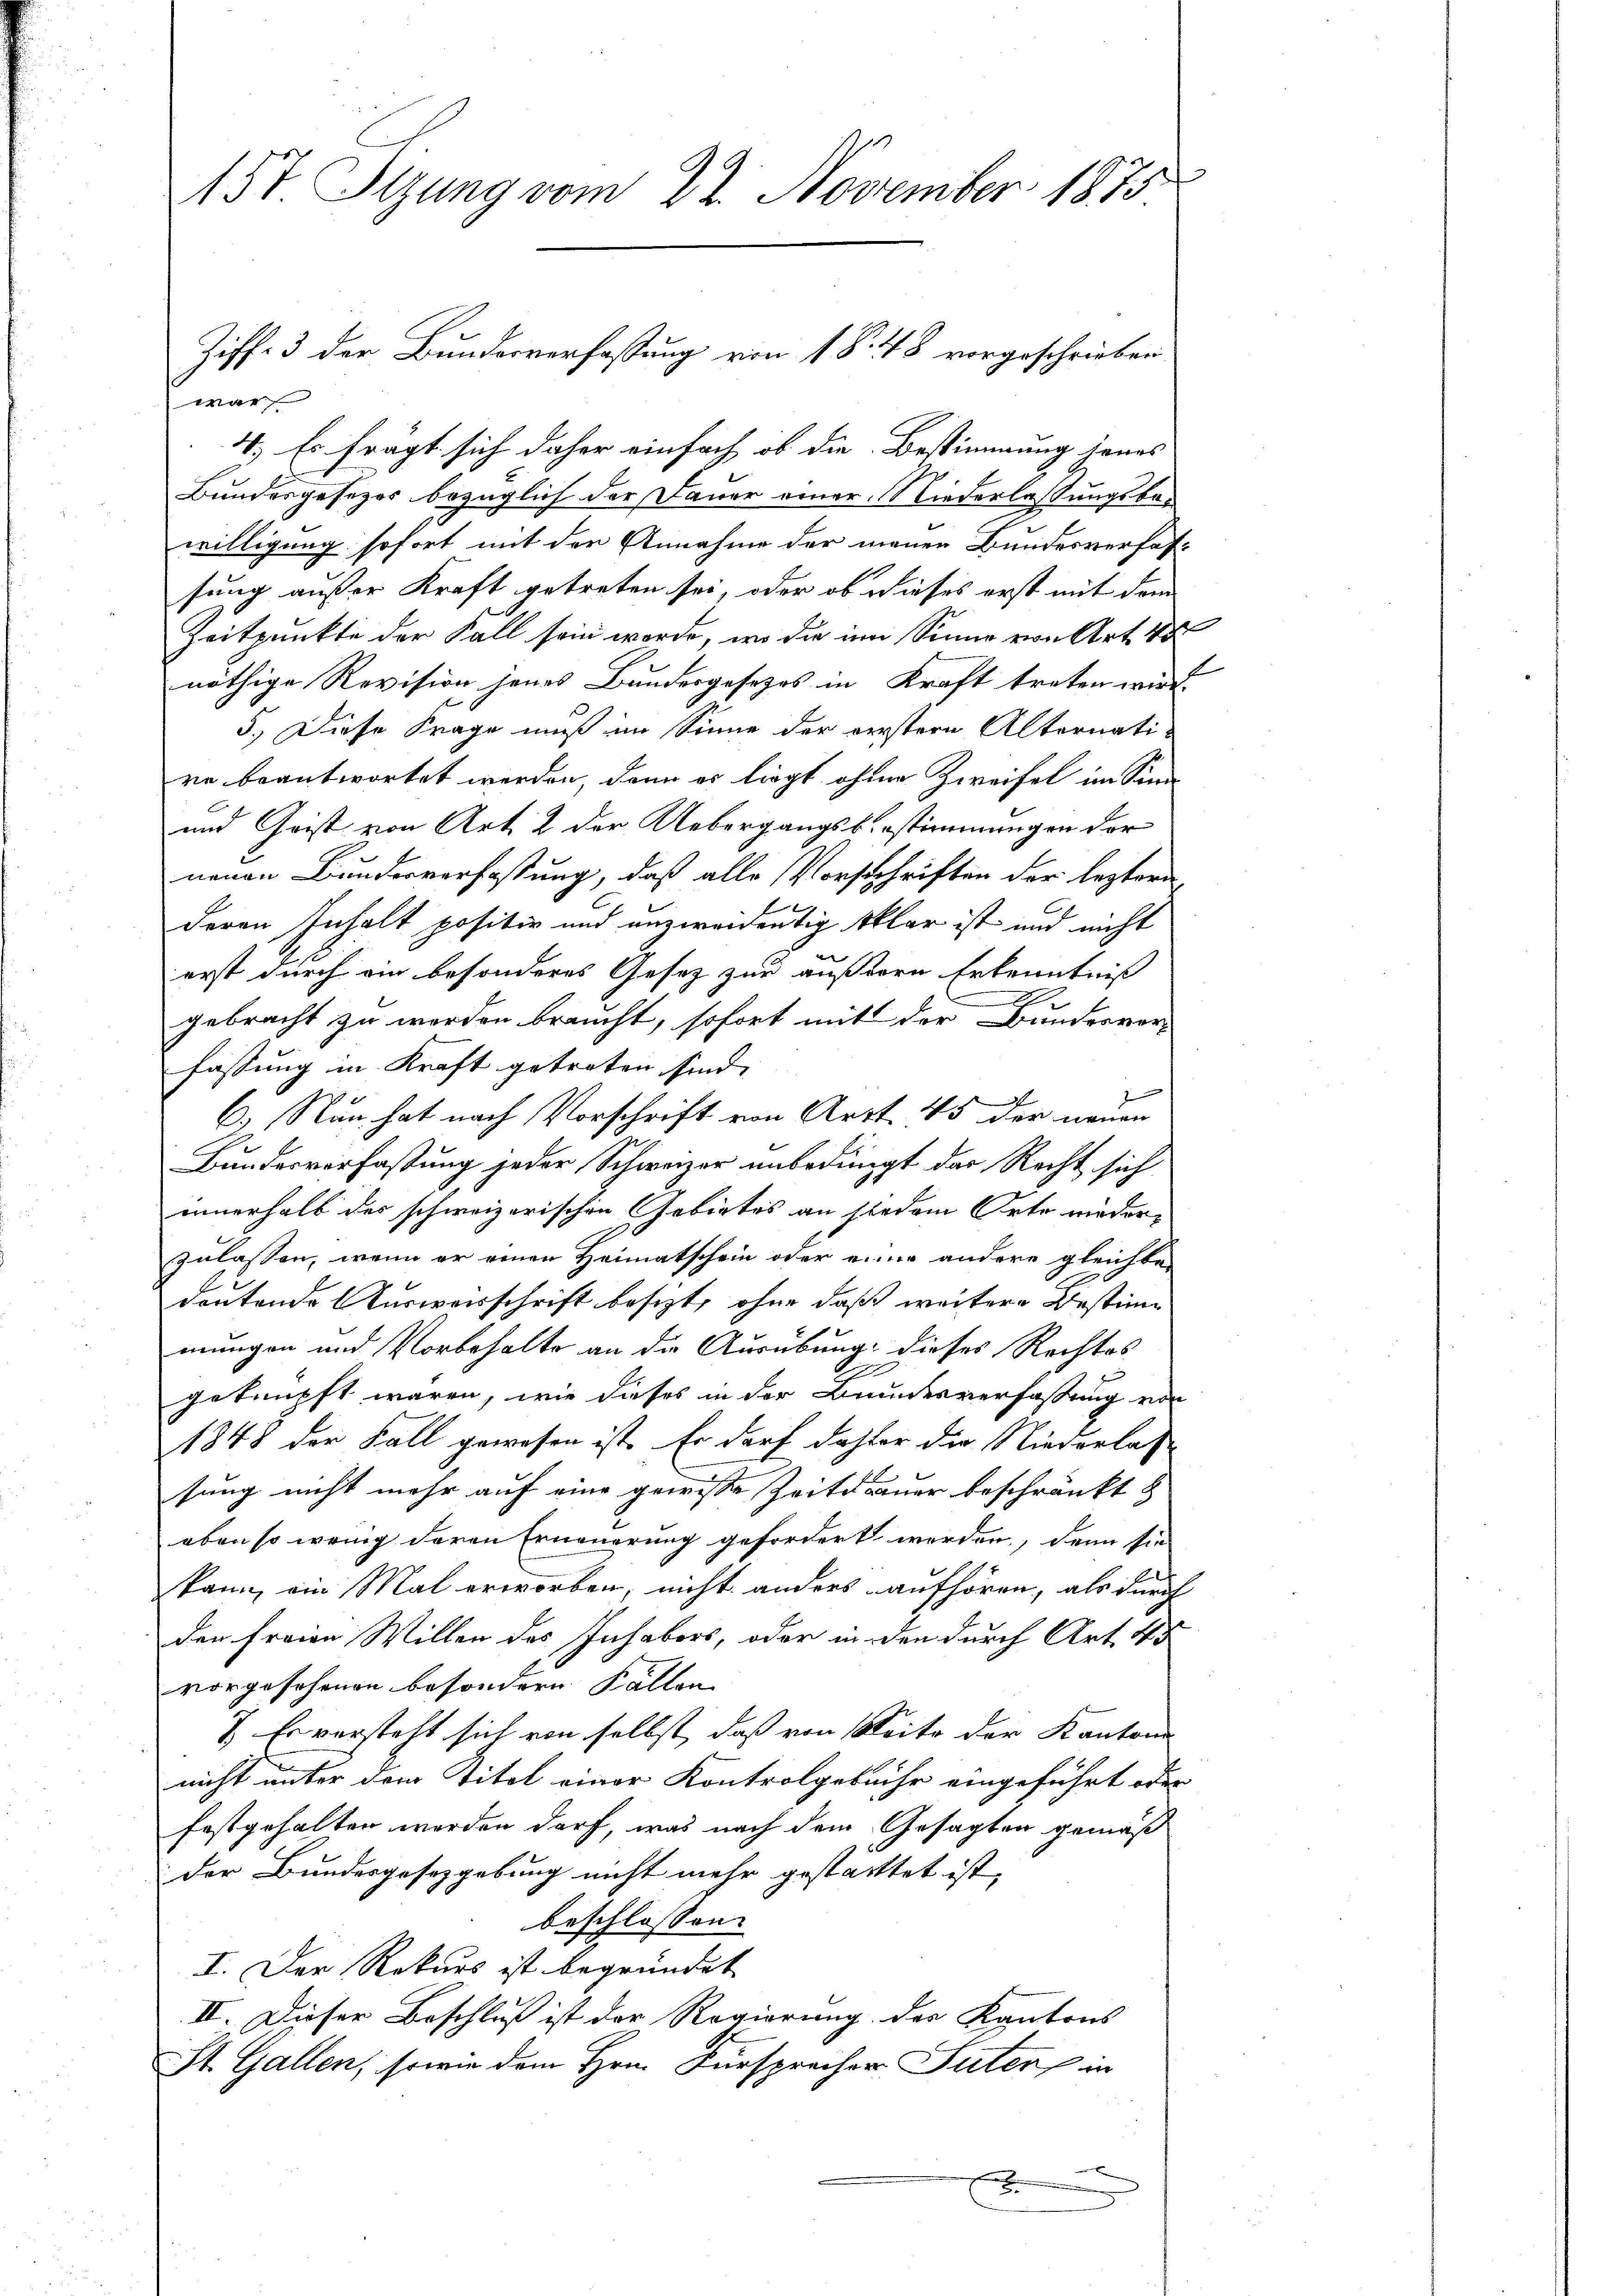
157. Sizung vom 22. November 1875

war
4.) Es frägt sich daher einfach ob die Bestimmung jenes
Bundesgesezes bezüglich der Dauer einer Niederlassungsbawilligung sofort mit der Annahme der menen Bundesverfas-
sung außer Kraft getreten sei, oder ob dieses erst mit dem
Zeitpunkte der Fall sein worde, wo die im Sinne von Art. 48
nöthige Revision jenes Bundergesezes in Kraft treten wird
5.) Diese Frage muß im Sinne der verstern Altornati-
re beantwortet werden, dann es liegt ohnen Zweifel im Sinn
und Geist von Art. 2 der Uebergangsbestimmungen der
neuen Bundesverfassung, daß alle Vorschriften der leztern
f
deren Inhalt positiv und anzweidentig klar ist und nicht
erst durch ein besonderes Gesetz zur äußeren Erkenntniß
gebracht zu werden braucht, sofort mit der Bundesver-
fassung in Kraft getreten sind.
7
C. Nun hat nach Vorschrift von Arzt. 45 der neuen
Bundesverfassung jeder Schweizer unbedingt der Recht sich
innerhalb des schweizerischen Gebietes an sie dem Orte wieder-
zulassen, wenn er einen Heimatschein oder einer andere gleichten
deutende Ausweisschrift besizt, ohne daß weitere Bestimmungen und Vorbehalte an die Ausübung dieses Rechtes
G.
geknüpft waren, wie dieses in der Bundesverfassung von
1848 der Fall gewesen ist. Er darf daher die Niederlas
sung nicht mehr auf eine gewisse Zeitdauer beschränkt d
oben so wenig deren Erneuerung gefordert werden, denn sie
kann, ein Mal erworben, nicht anders aufhören, als durch
den freien Willen des Inhabers, oder in den durch Art. 45
vorgesehenen besondern Fällen
? Er versteht sich von selbst, daß von Seite der Kantone
nicht unter dem Titel einer Kontrolgebühr eingeführt oder
festgehalten werden darf, was nach dem Gesagten gemäß
der Bundesgesetzgebung nicht mehr gestattet ist,
beschlossen:
I. Der Rekurs ist begründet
II. Dieser Beschluß ist der Regierung des Kantons
St. Gallen, sowie dem Hrn. Fürsprecher Suter in
 Hr.

Ziff. 3 der Bundesverfassung von 1 S. 248 vorgeschrieben